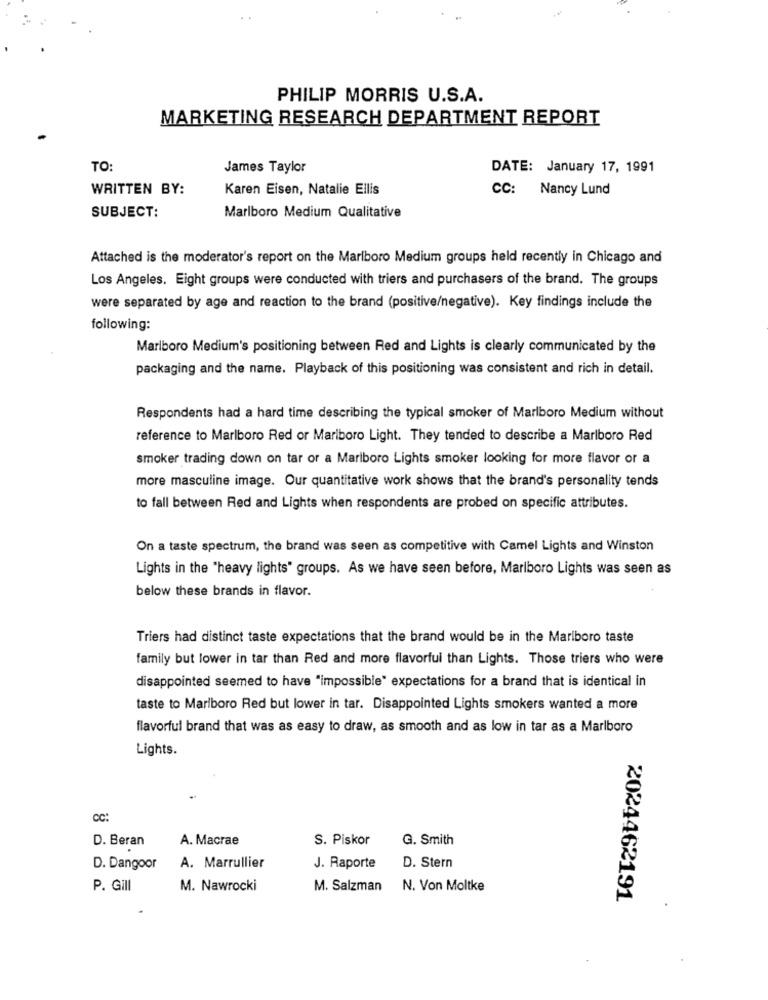
PHILIP MORRIS U.S.A.
MARKETING RESEARCH DEPARTMENT REPORT
TO:
James Taylor
DATE: January 17, 1991
WRITTEN BY:
Karen Eisen, Natalie Ellis
CC: Nancy Lund
SUBJECT:
Marlboro Medium Qualitative
Attached is the moderator's report on the Marlboro Medium groups held recently in Chicago and
Los Angeles. Eight groups were conducted with triers and purchasers of the brand. The groups
were separated by age and reaction to the brand (positive/negative). Key findings include the
following:
Marlboro Medium's positioning between Red and Lights is clearly communicated by the
packaging and the name. Playback of this positioning was consistent and rich in detail.
Respondents had a hard time describing the typical smoker of Marlboro Medium without
reference to Marlboro Red or Marlboro Light. They tended to describe a Marlboro Red
smoker trading down on tar or a Marlboro Lights smoker looking for more flavor or a
more masculine image. Our quantitative work shows that the brand's personality tends
to fall between Red and Lights when respondents are probed on specific attributes.
On a taste spectrum, the brand was seen as competitive with Camel Lights and Winston
Lights in the "heavy lights" groups. As we have seen before, Marlboro Lights was seen as
below these brands in flavor.
Triers had distinct taste expectations that the brand would be in the Marlboro taste
family but lower in tar than Red and more flavorful than Lights. Those triers who were
disappointed seemed to have "impossible" expectations for a brand that is identical in
taste to Marlboro Red but lower in tar. Disappointed Lights smokers wanted a more
flavorful brand that was as easy to draw, as smooth and as low in tar as a Marlboro
Lights.
CC:
D. Beran
A. Macrae
S. Piskor
G. Smith
D. Dangoor
A. Marrullier
J. Raporte
D. Stern
P. Gill
M. Nawrocki
M. Salzman
N. Von Moltke
2024462191